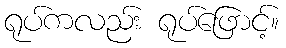
ရုပ်ကလည်း ရုပ်ဖြောင့်။